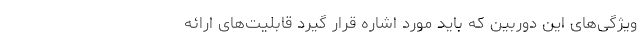
ویژگی‌های این دوربین که باید مورد اشاره قرار گیرد قابلیت‌های ارائه